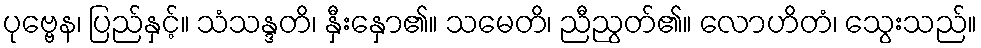
ပုဗ္ဗေန၊ ပြည်နှင့်။ သံသန္ဒတိ၊ နှီးနှော၏။ သမေတိ၊ ညီညွတ်၏။ လောဟိတံ၊ သွေးသည်။